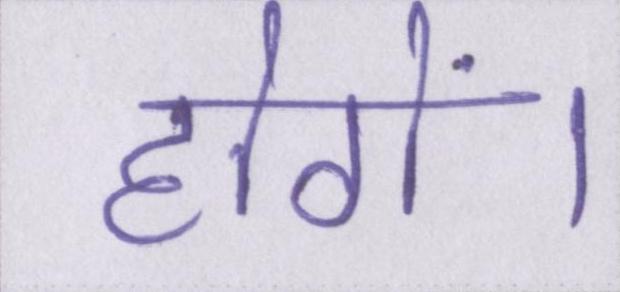
होगें।